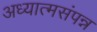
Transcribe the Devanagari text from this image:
अध्यात्मसंपन्न